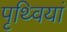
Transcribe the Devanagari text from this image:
पृथ्वियां